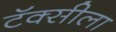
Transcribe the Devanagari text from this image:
टॅक्सीला